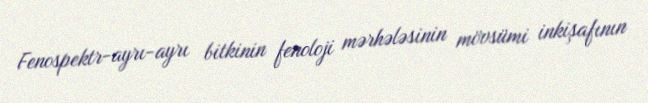
Fenospektr-ayrı-ayrı bitkinin fenoloji mərhələsinin mövsümi inkişafının